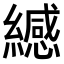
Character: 𫄅